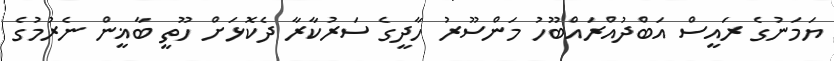
ޔަމަނުގެ ރައީސް އަބްދުއްރައްބޫހު މަންސޫރު ހާދީގެ ސަރުކާރާ ދެކޮޅަށް ހޫތީ ބާޣީން ނެރުމުގެ